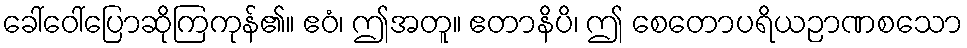
ခေါ်ဝေါ်ပြောဆိုကြကုန်၏။ ဧဝံ၊ ဤအတူ။ ဧတာနိပိ၊ ဤ စေတောပရိယဉာဏစသော